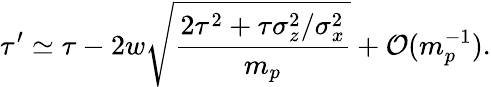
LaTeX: \tau^{\prime}\simeq\tau-2w\sqrt{\frac{2\tau^{2}+\tau\sigma_{z}^{2}/\sigma_{x}^{2}}{m_{p}}}+\mathcal{O}(m_{p}^{-1}).